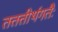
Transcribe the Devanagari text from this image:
तत्तत्तीर्थगतैः